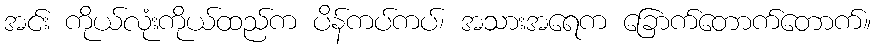
အင်း ကိုယ်လုံးကိုယ်ထည်က ပိန်ကပ်ကပ်၊ အသားအရေက ခြောက်တောက်တောက်။